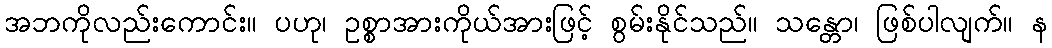
အဘကိုလည်းကောင်း။ ပဟု၊ ဥစ္စာအားကိုယ်အားဖြင့် စွမ်းနိုင်သည်။ သန္တော၊ ဖြစ်ပါလျက်။ န